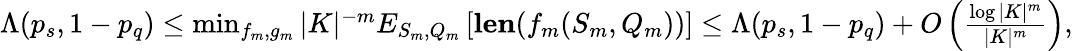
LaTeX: \begin{array}{r}{\Lambda(p_{s},1-p_{q})\leq\operatorname*{min}_{f_{m},g_{m}}|K|^{-m}E_{S_{m},Q_{m}}\left[{\mathbf{len}(f_{m}(S_{m},Q_{m}))}\right]\leq\Lambda(p_{s},1-p_{q})+O\left(\frac{\log|K|^{m}}{|K|^{m}}\right),}\end{array}